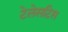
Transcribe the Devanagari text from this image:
टेलेसटिस